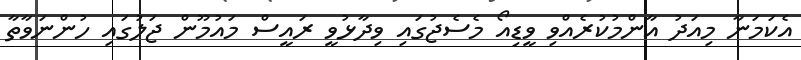
އެކަމަނާ މިއަދު އާންމުކުރެއްވި ވީޑިއޯ މެސެޖުގައި ވިދާޅުވީ ރައީސް މައުމޫން ޖަލުގައި ހުންނަވާތާ